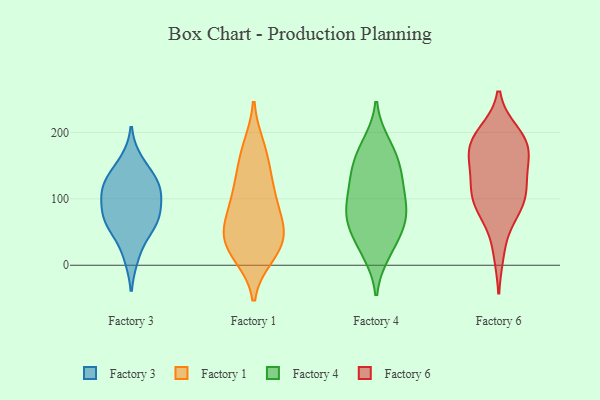
{"axis": {"x": "Gross Profit (USD K)", "y": "Value"}, "legend": ["Factory 1", "Factory 3", "Factory 4", "Factory 6"], "data": [{"x": "", "y": 55, "type": "Factory 3"}, {"x": "", "y": 123, "type": "Factory 3"}, {"x": "", "y": 100, "type": "Factory 3"}, {"x": "", "y": 68, "type": "Factory 3"}, {"x": "", "y": 118, "type": "Factory 3"}, {"x": "", "y": 105, "type": "Factory 3"}, {"x": "", "y": 71, "type": "Factory 3"}, {"x": "", "y": 68, "type": "Factory 3"}, {"x": "", "y": 131, "type": "Factory 3"}, {"x": "", "y": 14, "type": "Factory 3"}, {"x": "", "y": 156, "type": "Factory 3"}, {"x": "", "y": 135, "type": "Factory 1"}, {"x": "", "y": 20, "type": "Factory 1"}, {"x": "", "y": 177, "type": "Factory 1"}, {"x": "", "y": 48, "type": "Factory 1"}, {"x": "", "y": 31, "type": "Factory 1"}, {"x": "", "y": 106, "type": "Factory 1"}, {"x": "", "y": 82, "type": "Factory 1"}, {"x": "", "y": 48, "type": "Factory 1"}, {"x": "", "y": 167, "type": "Factory 1"}, {"x": "", "y": 112, "type": "Factory 1"}, {"x": "", "y": 16, "type": "Factory 1"}, {"x": "", "y": 41, "type": "Factory 1"}, {"x": "", "y": 70, "type": "Factory 1"}, {"x": "", "y": 85, "type": "Factory 4"}, {"x": "", "y": 118, "type": "Factory 4"}, {"x": "", "y": 92, "type": "Factory 4"}, {"x": "", "y": 184, "type": "Factory 4"}, {"x": "", "y": 155, "type": "Factory 4"}, {"x": "", "y": 49, "type": "Factory 4"}, {"x": "", "y": 130, "type": "Factory 4"}, {"x": "", "y": 91, "type": "Factory 4"}, {"x": "", "y": 152, "type": "Factory 4"}, {"x": "", "y": 49, "type": "Factory 4"}, {"x": "", "y": 149, "type": "Factory 4"}, {"x": "", "y": 58, "type": "Factory 4"}, {"x": "", "y": 118, "type": "Factory 4"}, {"x": "", "y": 71, "type": "Factory 4"}, {"x": "", "y": 17, "type": "Factory 4"}, {"x": "", "y": 74, "type": "Factory 4"}, {"x": "", "y": 182, "type": "Factory 4"}, {"x": "", "y": 18, "type": "Factory 4"}, {"x": "", "y": 87, "type": "Factory 6"}, {"x": "", "y": 124, "type": "Factory 6"}, {"x": "", "y": 198, "type": "Factory 6"}, {"x": "", "y": 135, "type": "Factory 6"}, {"x": "", "y": 166, "type": "Factory 6"}, {"x": "", "y": 90, "type": "Factory 6"}, {"x": "", "y": 106, "type": "Factory 6"}, {"x": "", "y": 21, "type": "Factory 6"}, {"x": "", "y": 191, "type": "Factory 6"}, {"x": "", "y": 79, "type": "Factory 6"}, {"x": "", "y": 177, "type": "Factory 6"}, {"x": "", "y": 179, "type": "Factory 6"}, {"x": "", "y": 189, "type": "Factory 6"}, {"x": "", "y": 108, "type": "Factory 6"}, {"x": "", "y": 154, "type": "Factory 6"}]}